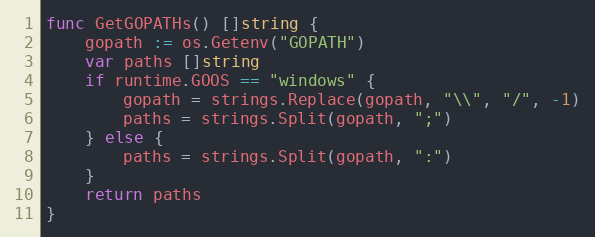
Language: Go
func GetGOPATHs() []string {
	gopath := os.Getenv("GOPATH")
	var paths []string
	if runtime.GOOS == "windows" {
		gopath = strings.Replace(gopath, "\\", "/", -1)
		paths = strings.Split(gopath, ";")
	} else {
		paths = strings.Split(gopath, ":")
	}
	return paths
}